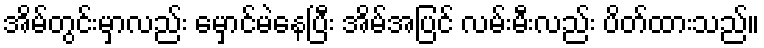
အိမ်တွင်းမှာလည်း မှောင်မဲနေပြီး အိမ်အပြင် လမ်းမီးလည်း ပိတ်ထားသည်။